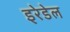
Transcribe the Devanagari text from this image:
इरेडेल